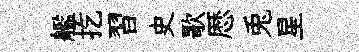
艦扢習史歌厯兎星